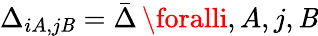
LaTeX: {\Delta_{iA,j\mathit{B}}=\bar{{\Delta}}\, \foralli,A,j,\mathit{B}}